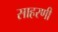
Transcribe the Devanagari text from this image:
साहरणी